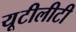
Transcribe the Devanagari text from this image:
यूटीलीटी